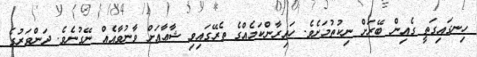
ހިނގައިގަތީ ގެއިން ބޭރަށް ނިކުތުމަށެވެ. ހައިރާންކަމެއްގެ ތެރޭގައިވި ޝާޢާއަށް ވާނުވާއެއް ނޭގުނެވެ. ދަންވަރުގެ